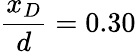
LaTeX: \frac{x_{D}}{d}=0.30